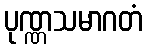
ပုဏ္ဏသမာဂတံ